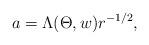
LaTeX: \begin{align*}a=\Lambda(\Theta, w)r^{-1/2}, \end{align*}